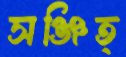
সঞ্জিত্